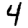
Digit: 4